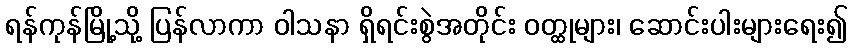
ရန်ကုန်မြို့သို့ ပြန်လာကာ ဝါသနာ ရှိရင်းစွဲအတိုင်း ဝတ္ထုများ၊ ဆောင်းပါးများရေး၍